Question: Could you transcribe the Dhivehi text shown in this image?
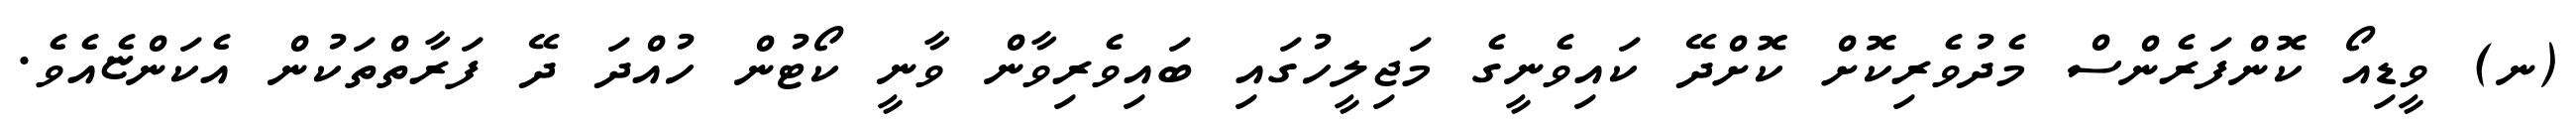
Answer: (ނ) ވީޑިއޯ ކޮންފަރެންސް މެދުވެރިކޮށް ކޮށްދޭ ކައިވެނީގެ މަޖިލީހުގައި ބައިވެރިވާން ވާނީ ކޯޓުން ހުއްދަ ދޭ ފަރާތްތަކުން އެކަންޏެއެވެ.